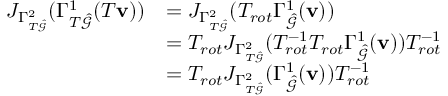
\begin{array} { r l } { J _ { \Gamma _ { T \hat { \mathcal { G } } } ^ { 2 } } ( \Gamma _ { T \hat { \mathcal { G } } } ^ { 1 } ( T \mathbf { v } ) ) } & { = J _ { \Gamma _ { T \hat { \mathcal { G } } } ^ { 2 } } ( T _ { r o t } \Gamma _ { \hat { \mathcal { G } } } ^ { 1 } ( \mathbf { v } ) ) } \\ & { = T _ { r o t } J _ { \Gamma _ { T \hat { \mathcal { G } } } ^ { 2 } } ( T _ { r o t } ^ { - 1 } T _ { r o t } \Gamma _ { \hat { \mathcal { G } } } ^ { 1 } ( \mathbf { v } ) ) T _ { r o t } ^ { - 1 } } \\ & { = T _ { r o t } J _ { \Gamma _ { T \hat { \mathcal { G } } } ^ { 2 } } ( \Gamma _ { \hat { \mathcal { G } } } ^ { 1 } ( \mathbf { v } ) ) T _ { r o t } ^ { - 1 } } \end{array}